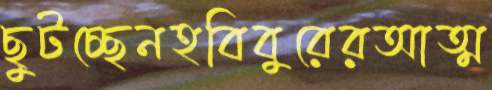
ছুটচ্ছেনহবিবুরেরআত্ম